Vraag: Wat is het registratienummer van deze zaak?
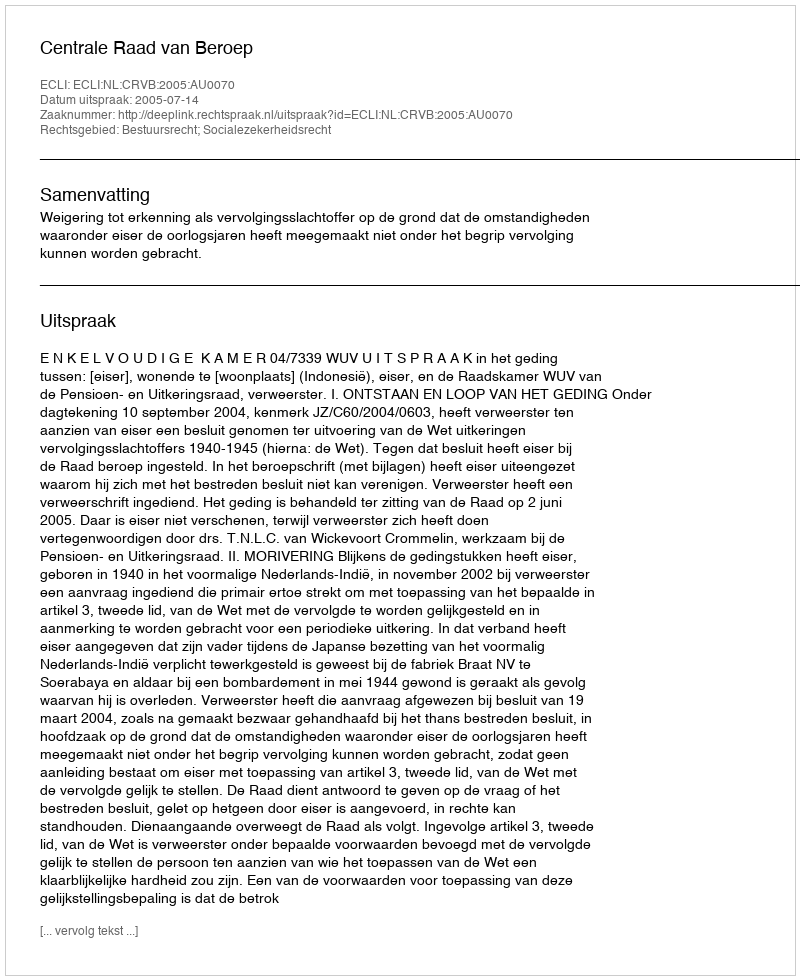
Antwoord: http://deeplink.rechtspraak.nl/uitspraak?id=ECLI:NL:CRVB:2005:AU0070